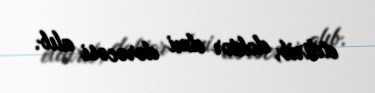
etdirib, doktor elmi dərəcəsi alıb.